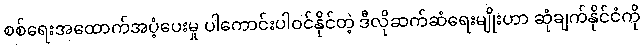
စစ်ရေးအထောက်အပံ့ပေးမှု ပါကောင်းပါဝင်နိုင်တဲ့ ဒီလိုဆက်ဆံရေးမျိုးဟာ ဆုံချက်နိုင်ငံကို